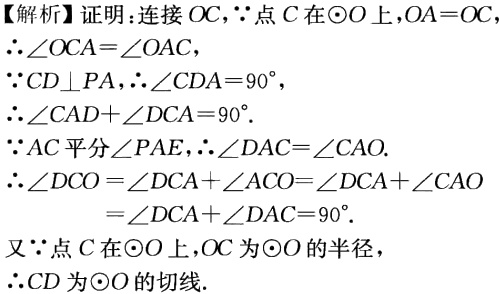
【解析】证明：连接 \(OC\)，\(\because\)点 \(C\) 在\(\odot O\)上，\(OA = OC\)，

\(\therefore\angle OCA=\angle OAC\)，

\(\because CD\perp PA\)，\(\therefore\angle CDA = 90^{\circ}\)，

\(\therefore\angle CAD+\angle DCA = 90^{\circ}\).

\(\because AC\)平分\(\angle PAE\)，\(\therefore\angle DAC=\angle CAO\).

\(\therefore\angle DCO=\angle DCA+\angle ACO=\angle DCA+\angle CAO\)

\(=\angle DCA+\angle DAC = 90^{\circ}\).

又\(\because\)点 \(C\) 在\(\odot O\)上，\(OC\) 为\(\odot O\)的半径，

\(\therefore CD\)为\(\odot O\)的切线.